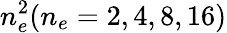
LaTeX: n_{e}^{2}(n_{e}=2,4,8,16)